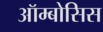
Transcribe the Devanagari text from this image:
ऑम्बोसिस